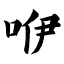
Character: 咿